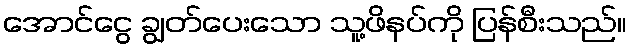
အောင်ငွေ ချွတ်ပေးသော သူ့ဖိနပ်ကို ပြန်စီးသည်။